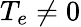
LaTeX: T_{e}\neq 0